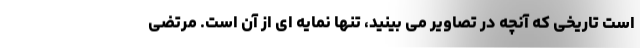
است تاریخی که آنچه در تصاویر می بینید، تنها نمایه ای از آن است. مرتضی